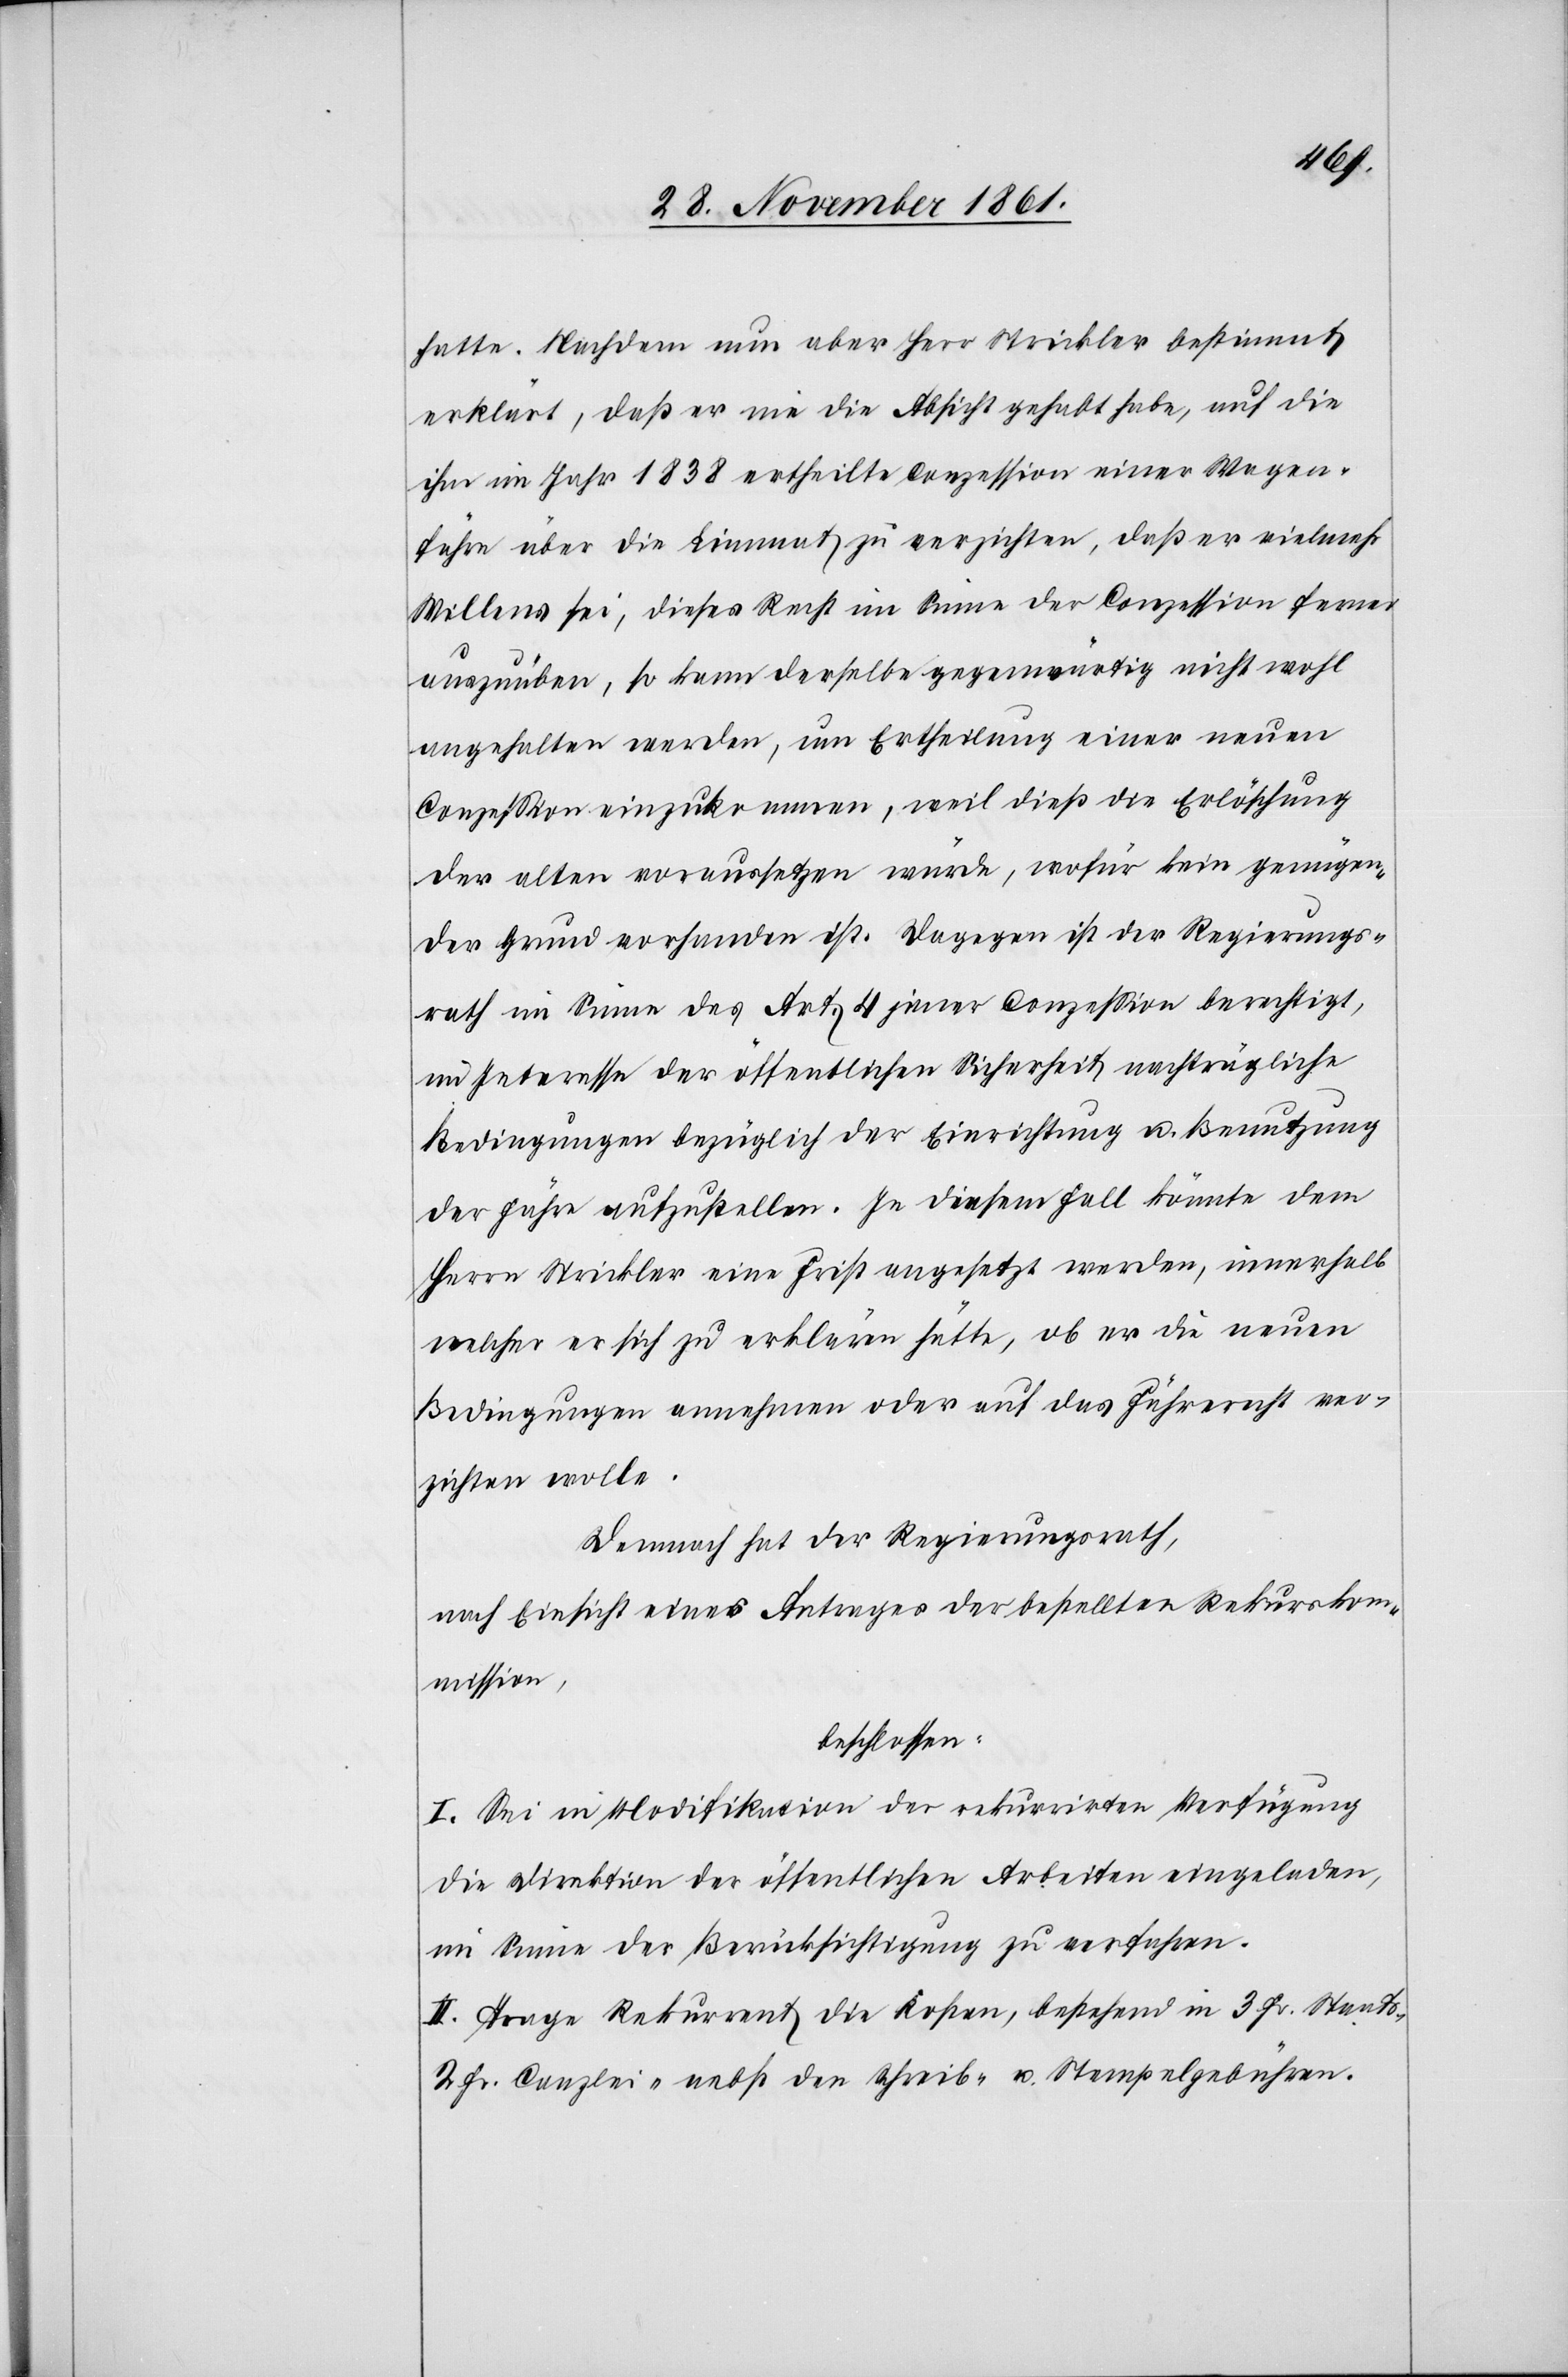
hatte. Nachdem nun aber Herr Strickler bestimmt
erklärt, daß er nie die Absicht gehabt habe, auf die
im Jahr 1838 ertheilte Conzession einer Wagen¬
fähre über die Limmat zu verzichten, daß er vielmehr
Willens sei, dieses Recht im Sinne der Conzession ferner
auszuüben, so kann derselbe gegenwärtig nicht wohl
angehalten werden, um Ertheilung einer neuen
Conzession einzukommen, weil dieß die Erlöschung
der alten voraussetzen würde, wofür kein genügen¬
der Grund vorhanden ist. Dagegen ist der Regierungs¬
rath im Sinne des Art. 4 jener Conzeßion berechtigt,
im Interesse der öffentlichen Sicherheit nachträgliche
Bedingungen bezüglich der Errichtung u. Benutzung
der Fähre aufzustellen. In diesem Fall könnte dem
Herrn Strickler eine Frist angesetzt werden, innerhalb
welcher er sich zu erklären hätte, ob er die neuen
Bedingungen annehmen oder auf das Fährerecht ver¬
zichten wolle.
Demnach hat der Regierungsrath,
nach Einsicht eines Antrages der bestellten Rekursko¬
mmission,
beschlossen:
I. Sei in Modifikation der rekurrirten Verfügung
die Direktion der öffentlichen Arbeiten eingeladen,
im Sinne der Berücksichtigung zu verfahren.
II. Trage Rekurrent die Kosten, bestehend in 3 Fr. Staats-[,]
2 Fr. Canzlei-[,] nebst den Schreib- u. Stempelgebühren.